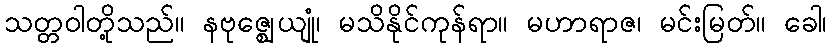
သတ္တဝါတို့သည်။ နဗုဇ္ဈေယျုံ၊ မသိနိုင်ကုန်ရာ။ မဟာရာဇ၊ မင်းမြတ်။ ခေါ၊